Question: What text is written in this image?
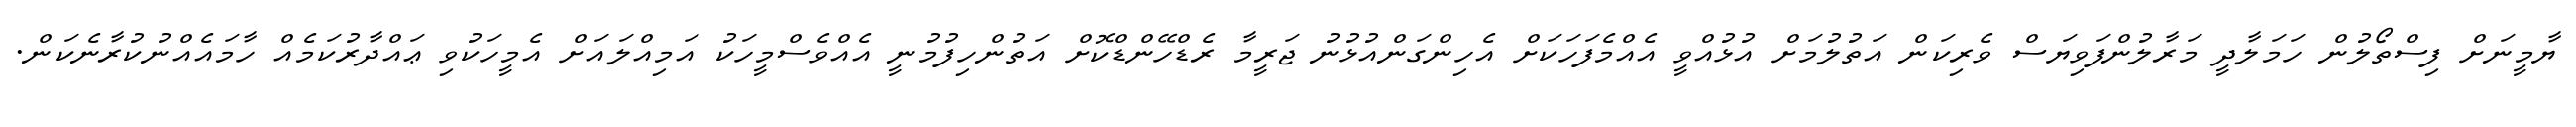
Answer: ޔާމީނަށް ފިސްތޯލުން ހަމަލާދީ މަރާލުންފަވިޔަސް ވެރިކަން އަތުލުމަށް އުޅުއްވީ އެއްމެފަހަކަށް އެހިންގަންއުޅުނު ޖަރީމާ ރެޑްހޭންޑްކޮށް އަތުންހިފުމުނީ އެއްވެސްމީހަކު އަމިއްލައަށް އެމީހަކުވި ޢައްދާރުކަމެއް ހާމައެއްނުކުރާނެކަން.